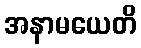
အနာမယေတိ